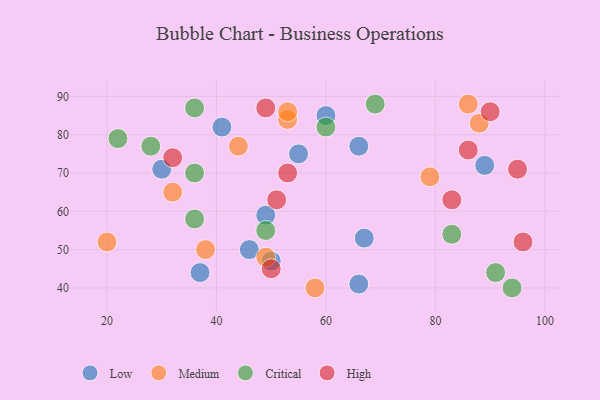
{"axis": {"x": "GDP", "y": "Life Expectancy"}, "legend": ["Critical", "High", "Low", "Medium"], "data": [{"x": "46", "y": 50, "type": "Low"}, {"x": "66", "y": 41, "type": "Low"}, {"x": "37", "y": 44, "type": "Low"}, {"x": "41", "y": 82, "type": "Low"}, {"x": "60", "y": 85, "type": "Low"}, {"x": "49", "y": 59, "type": "Low"}, {"x": "50", "y": 47, "type": "Low"}, {"x": "55", "y": 75, "type": "Low"}, {"x": "67", "y": 53, "type": "Low"}, {"x": "30", "y": 71, "type": "Low"}, {"x": "89", "y": 72, "type": "Low"}, {"x": "66", "y": 77, "type": "Low"}, {"x": "49", "y": 48, "type": "Medium"}, {"x": "32", "y": 65, "type": "Medium"}, {"x": "86", "y": 88, "type": "Medium"}, {"x": "58", "y": 40, "type": "Medium"}, {"x": "44", "y": 77, "type": "Medium"}, {"x": "53", "y": 84, "type": "Medium"}, {"x": "20", "y": 52, "type": "Medium"}, {"x": "38", "y": 50, "type": "Medium"}, {"x": "53", "y": 86, "type": "Medium"}, {"x": "79", "y": 69, "type": "Medium"}, {"x": "88", "y": 83, "type": "Medium"}, {"x": "91", "y": 44, "type": "Critical"}, {"x": "36", "y": 87, "type": "Critical"}, {"x": "36", "y": 70, "type": "Critical"}, {"x": "83", "y": 54, "type": "Critical"}, {"x": "60", "y": 82, "type": "Critical"}, {"x": "49", "y": 55, "type": "Critical"}, {"x": "28", "y": 77, "type": "Critical"}, {"x": "36", "y": 58, "type": "Critical"}, {"x": "94", "y": 40, "type": "Critical"}, {"x": "69", "y": 88, "type": "Critical"}, {"x": "22", "y": 79, "type": "Critical"}, {"x": "96", "y": 52, "type": "High"}, {"x": "95", "y": 71, "type": "High"}, {"x": "32", "y": 74, "type": "High"}, {"x": "51", "y": 63, "type": "High"}, {"x": "83", "y": 63, "type": "High"}, {"x": "49", "y": 87, "type": "High"}, {"x": "50", "y": 45, "type": "High"}, {"x": "90", "y": 86, "type": "High"}, {"x": "86", "y": 76, "type": "High"}, {"x": "53", "y": 70, "type": "High"}]}